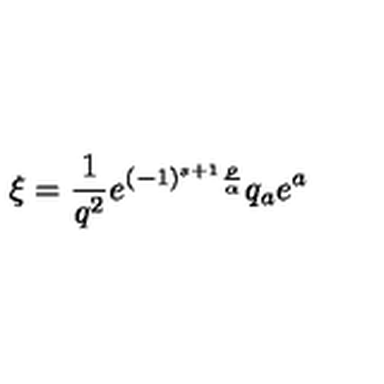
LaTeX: \xi = { \frac { 1 } { q ^ { 2 } } } e ^ { ( - 1 ) ^ { s + 1 } { \frac { \rho } { \alpha } } } q _ { a } e ^ { a }